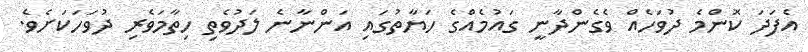
އެފަދަ ކޮންމެ ދުވަހެއް ވެގެންދާނީ ގައުމެއްގެ ހަޔާތުގައި އަންނާނެ ލަދުވެތި ހިތާމަވެރި ދުވަހަކަށެވެ.